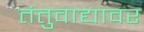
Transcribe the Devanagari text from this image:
तंतुवाद्यावर